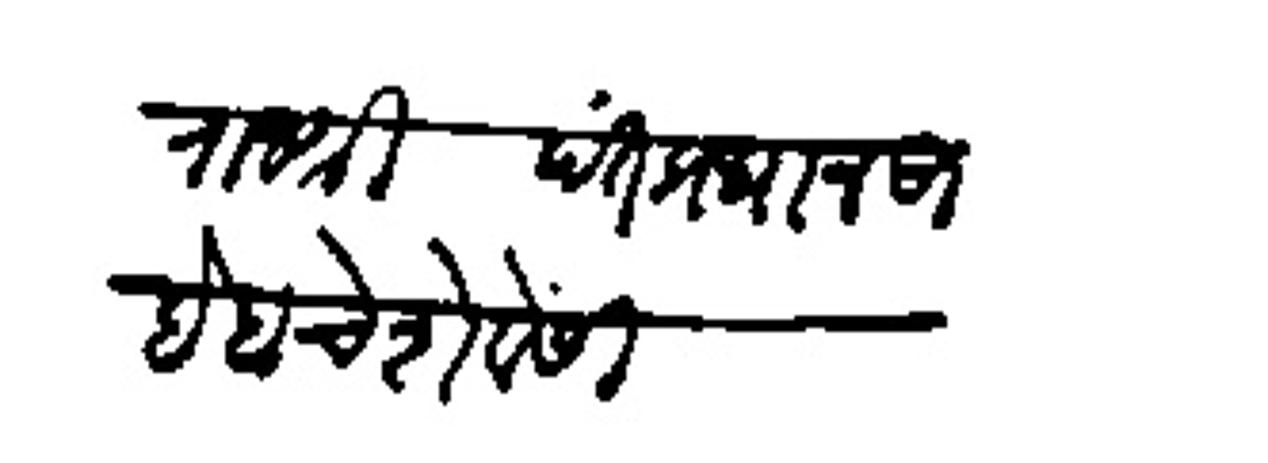
Transliteration (Devanagari): राजश्री पंतप्रधान साहेबाचे शेवेंसी